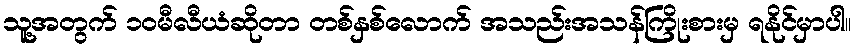
သူ့အတွက် ၁၀မီလီယံဆိုတာ တစ်နှစ်လောက် အသည်းအသန်ကြိုးစားမှ ရနိုင်မှာပါ။